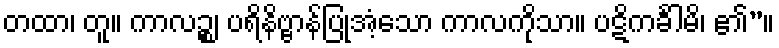
တထာ၊ တူ။ ကာလဉ္စ၊ ပရိနိဗ္ဗာန်ပြုအံ့သော ကာလကိုသာ။ ပဋိကင်္ခါမိ၊ ၏”။